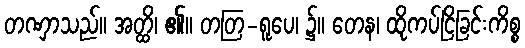
တဏှာသည်။ အတ္ထိ၊ ၏။ တတြ-ရူပေ၊ ၌။ တေန၊ ထိုကပ်ငြိခြင်းကိစ္စ